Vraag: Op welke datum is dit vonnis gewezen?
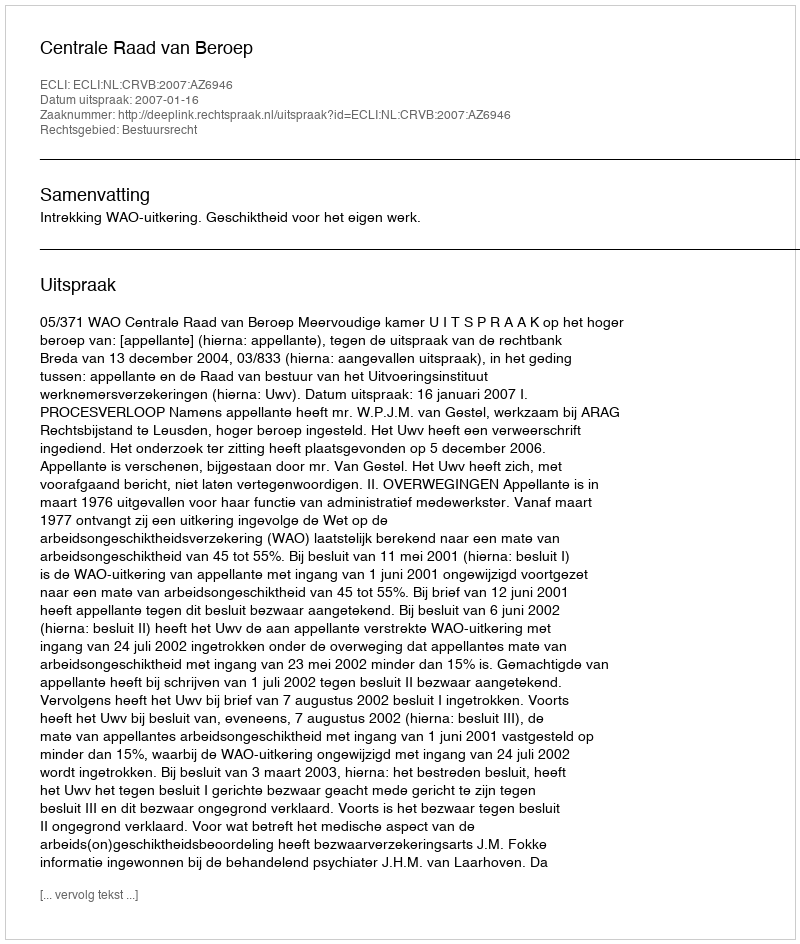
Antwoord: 2007-01-16